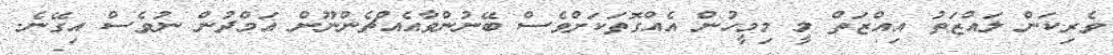
ވެރިކަން ލައްޒަތު އިއްޒަތް މީ މިމީހުން އެއްގޮތަކަށްވެސް ބޭނުންވާއެއްޗެންނޫން އަމްދުން ނުވެސް އިގޭނެ.